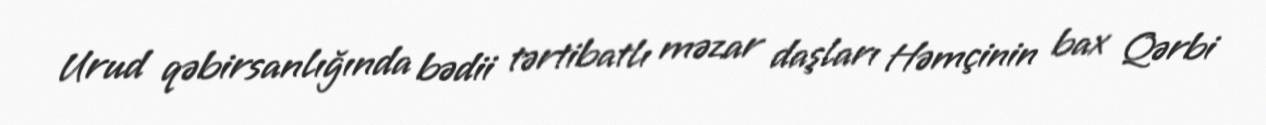
Urud qəbirsanlığında bədii tərtibatlı məzar daşları Həmçinin bax Qərbi